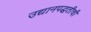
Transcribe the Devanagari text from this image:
उद्यानपद्धतीची